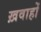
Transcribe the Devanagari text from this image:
ख़वाहों